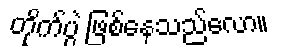
တိုက်ပွဲ ဖြစ်နေသည်လော။